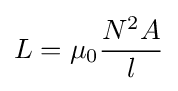
L=\mu _{0}{\frac {N^{2}A}{l}}